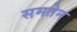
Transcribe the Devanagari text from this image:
समतेन